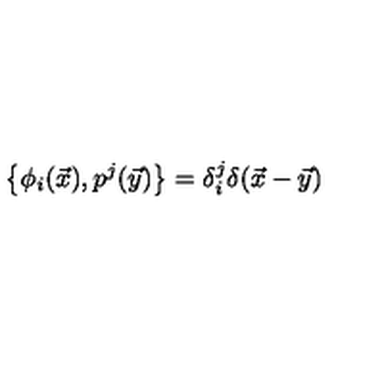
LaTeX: \bigl \{ \phi _ { i } ( \vec { x } ) , p ^ { j } ( \vec { y } ) \bigr \} = \delta _ { i } ^ { j } \delta ( \vec { x } - \vec { y } )